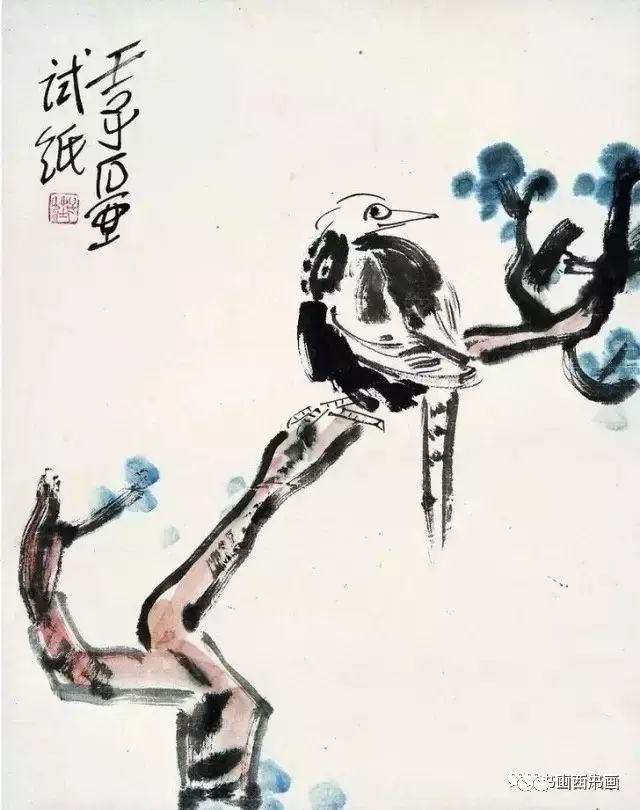
百啭无人能解，因风飞过蔷薇。